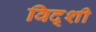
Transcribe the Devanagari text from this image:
विद्शी